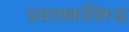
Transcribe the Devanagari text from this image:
प्रशासकांविरुद्ध